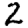
Digit: 2